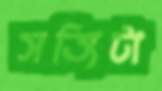
সত্যিটা